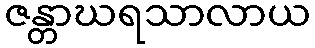
ဇန္တာဃရသာလာယ